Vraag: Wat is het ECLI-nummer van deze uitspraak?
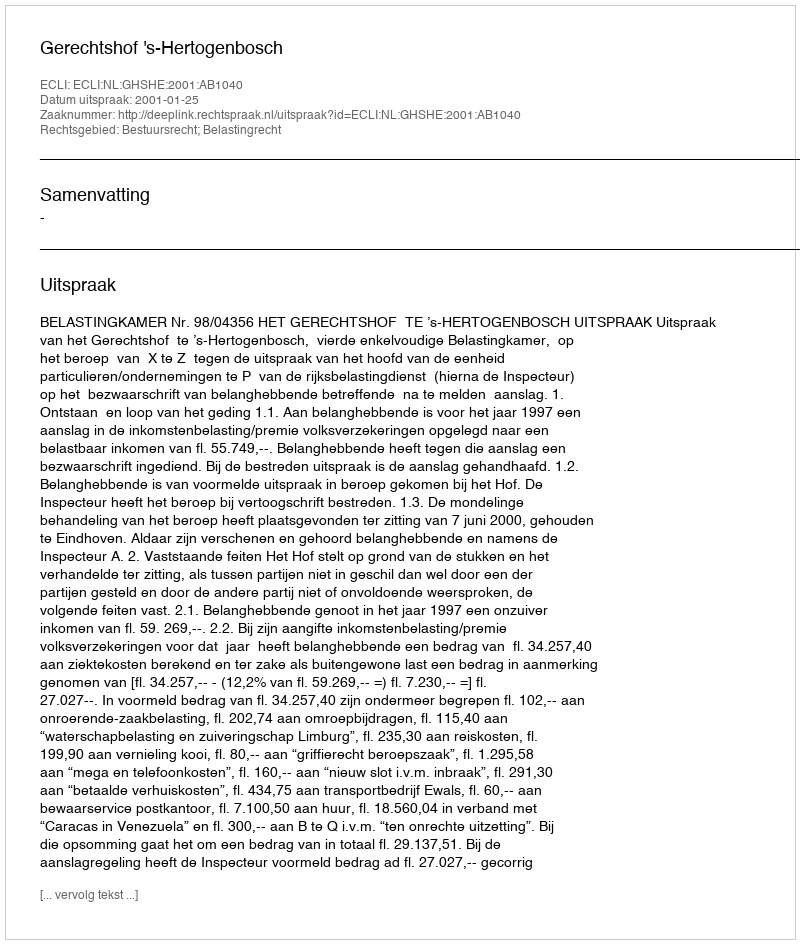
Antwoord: ECLI:NL:GHSHE:2001:AB1040